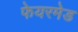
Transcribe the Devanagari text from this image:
फेयरमेड